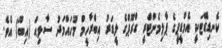
ކެނޑިޑޭޓަކީ އެމްޑީޕީގެ ޕާލިމެންޓްރީ ގްރޫޕްގެ ލީޑަރު އިބްރާހީމް މުހައްމަދު ސާލިޙް (އިބޫ) އެވެ.